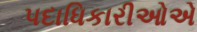
પદાધિકારીઓએ